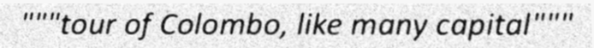
"""tour of Colombo, like many capital"""